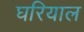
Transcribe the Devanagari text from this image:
घरियाल